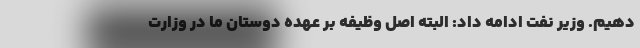
دهیم. وزیر نفت ادامه داد: البته اصل وظیفه بر عهده دوستان ما در وزارت